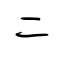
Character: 二